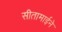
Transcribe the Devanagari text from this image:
सीतामाईने